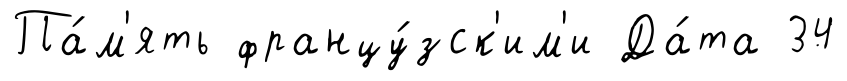
Па́м'ять францу́зск'им'и Да́та 34